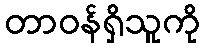
တာဝန်ရှိသူကို